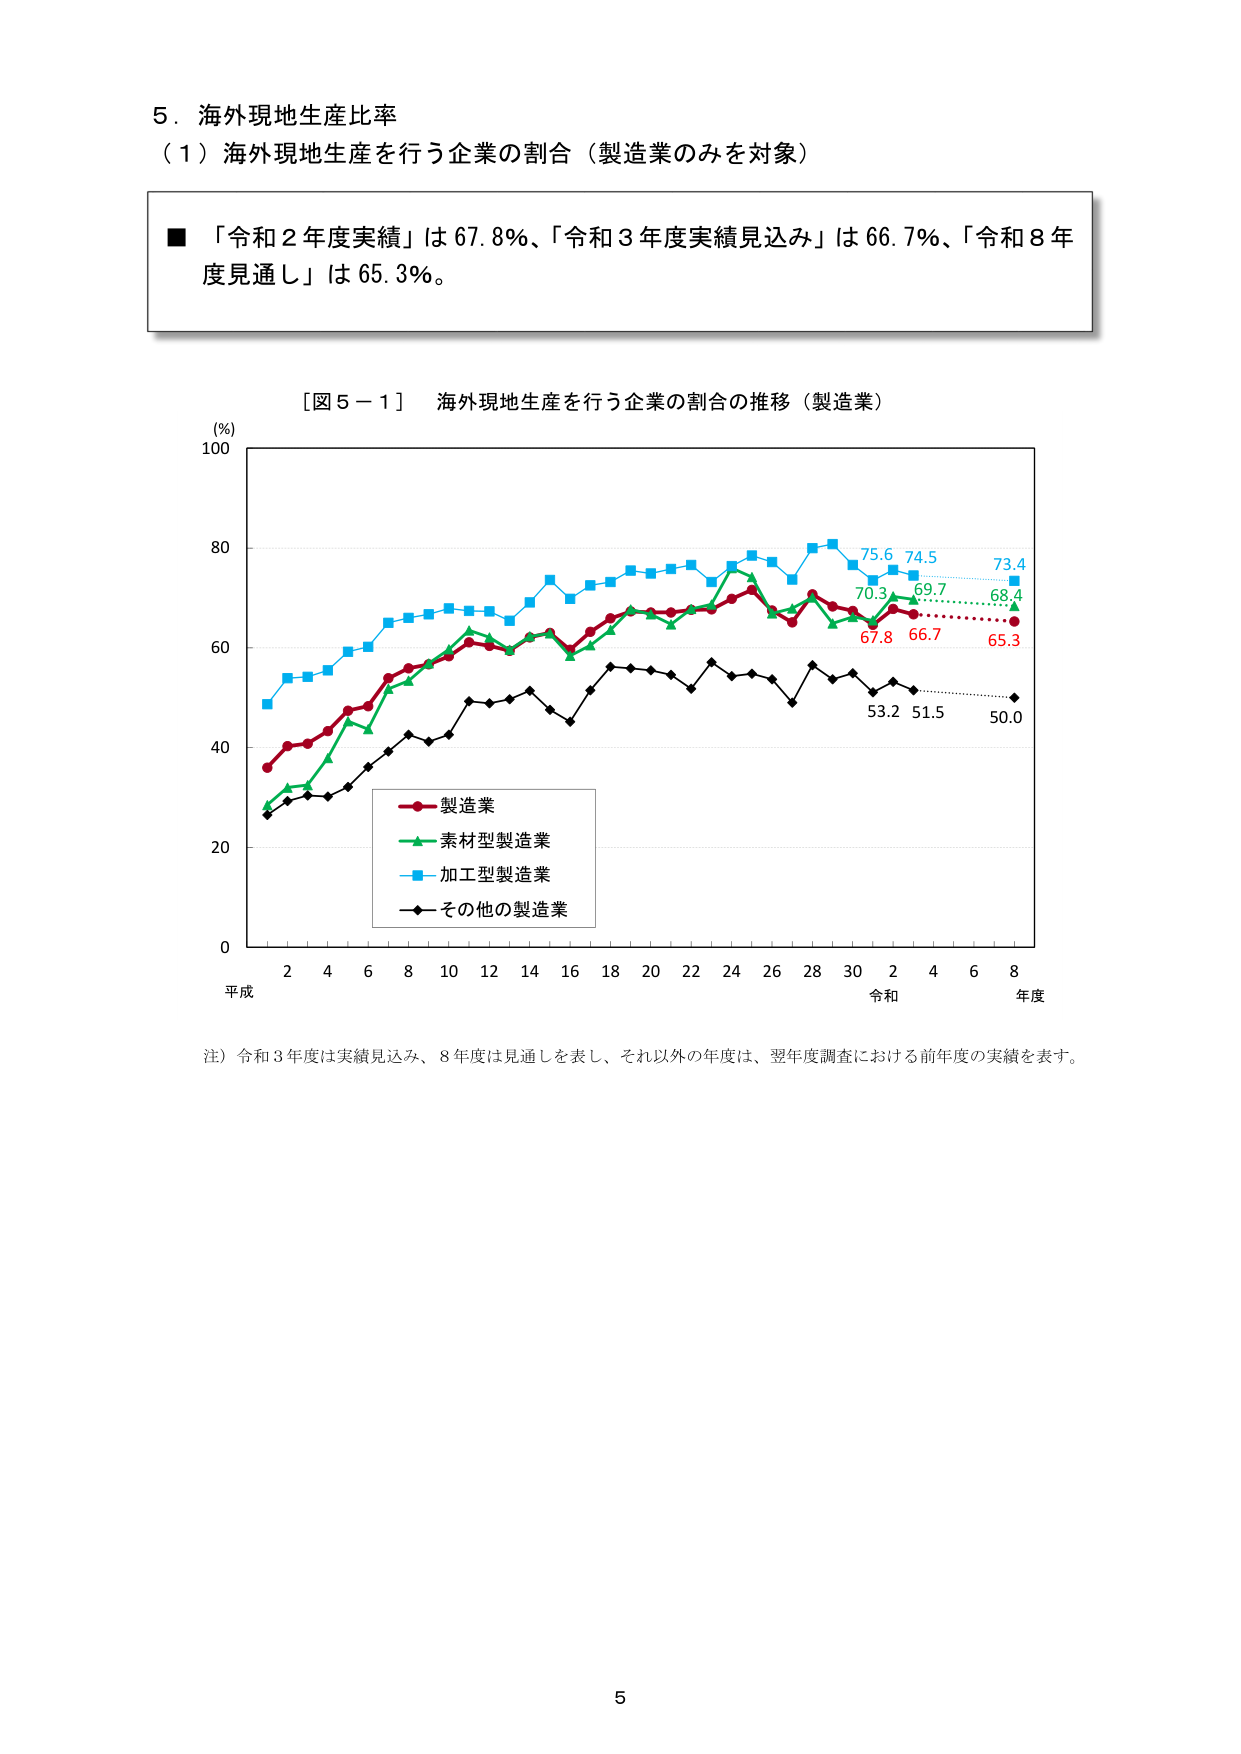
5．海外現地生産比率
（1）海外現地生産を行う企業の割合（製造業のみを対象）

■「令和２年度実績」は67.8％、「令和３年度実績見込み」は66.7％、「令和８年度見通し」は65.3％。

［図５－１］ 海外現地生産を行う企業の割合の推移（製造業）

(%)
100
80
60
40
20
0

平成 2 4 6 8 10 12 14 16 18 20 22 24 26 28 30 2 4 6 8
令和 年度

■ 製造業
■ 素材型製造業
■ 加工型製造業
■ その他の製造業

75.6 74.5 73.4
70.3 69.7 68.4
67.8 66.7 65.3
53.2 51.5 50.0

注）令和３年度は実績見込み、８年度は見通しを表し、それ以外の年度は、翌年度調査における前年度の実績を表す。

5